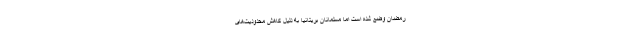
رمضان وضع شده است اما مسلمانان بریتانیا به دلیل کاهش محدودیت‌های